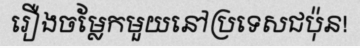
រឿងចម្លែកមួយនៅប្រទេសជប៉ុន!